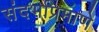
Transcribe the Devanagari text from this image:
संदर्भाप्रमाणे